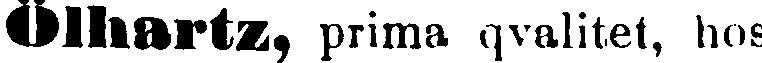
Ölhartz prima qvalitet, hos